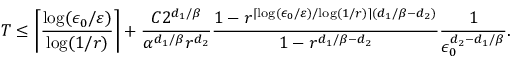
T \leq \left\lceil \frac { \log ( \epsilon _ { 0 } / \varepsilon ) } { \log ( 1 / r ) } \right\rceil + \frac { C 2 ^ { d _ { 1 } / \beta } } { \alpha ^ { d _ { 1 } / \beta } r ^ { d _ { 2 } } } \frac { 1 - r ^ { \lceil { \log ( \epsilon _ { 0 } / \varepsilon ) } / { \log ( 1 / r ) } \rceil ( d _ { 1 } / \beta - d _ { 2 } ) } } { 1 - r ^ { d _ { 1 } / \beta - d _ { 2 } } } \frac { 1 } { \epsilon _ { 0 } ^ { d _ { 2 } - d _ { 1 } / \beta } } .